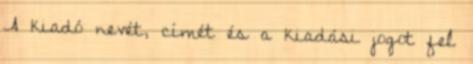
A kiadó nevét, címét és a kiadási jogot fel